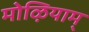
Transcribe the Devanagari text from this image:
मोऴियाम्